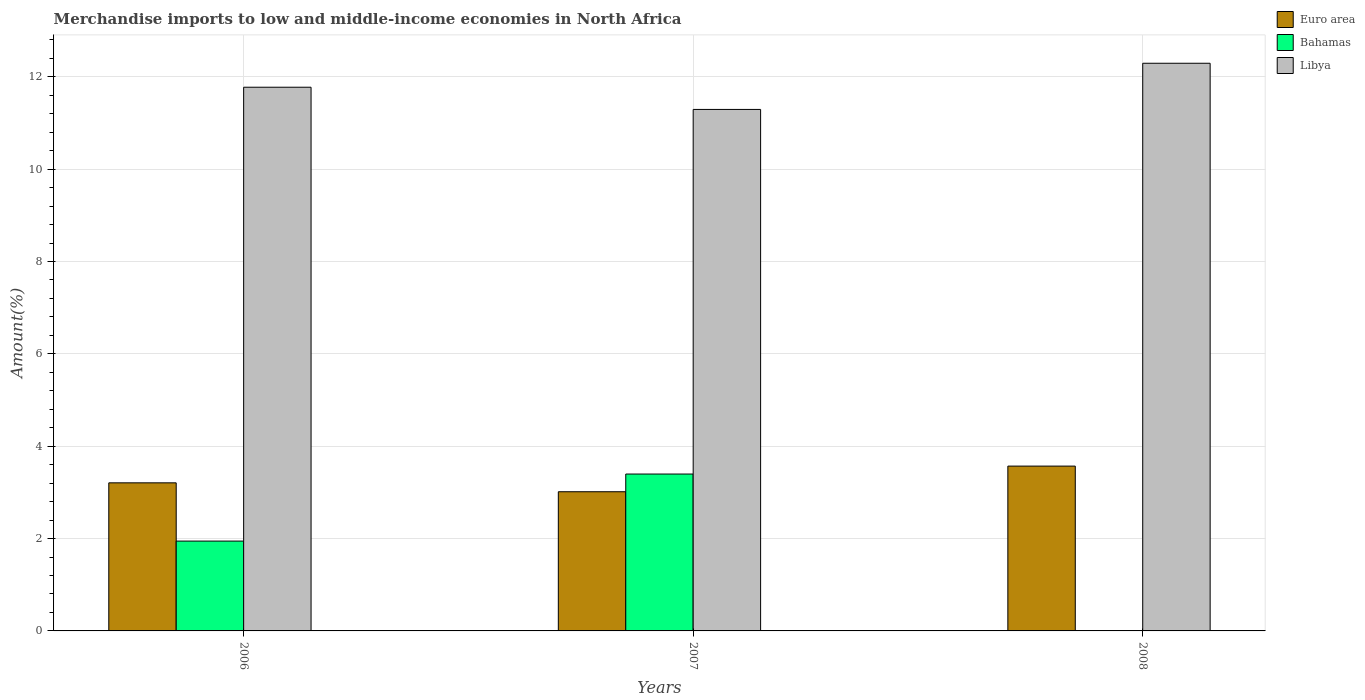
| Years | Euro area | Bahamas | Libya |
 | --- | --- | --- | --- |
 | 2006 | 3.21 | 1.95 | 11.8 |
 | 2007 | 3.01 | 3.4 | 11.3 |
 | 2008 | 3.57 | 0.00298 | 12.3 |